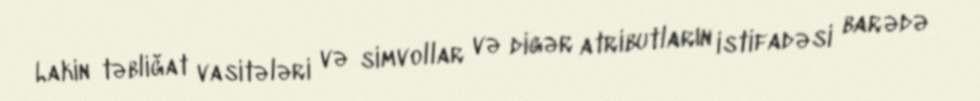
Lakin təbliğat vasitələri və simvollar və digər atributların istifadəsi barədə